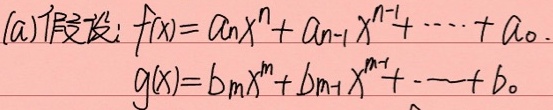
(a)假设：\(f(x)=a_nx^n + a_{n - 1}x^{n - 1}+\cdots + a_0\)。
\(g(x)=b_mx^m + b_{m - 1}x^{m - 1}+\cdots + b_0\)。